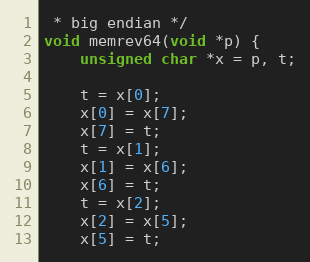
Language: C
 * big endian */
void memrev64(void *p) {
    unsigned char *x = p, t;

    t = x[0];
    x[0] = x[7];
    x[7] = t;
    t = x[1];
    x[1] = x[6];
    x[6] = t;
    t = x[2];
    x[2] = x[5];
    x[5] = t;